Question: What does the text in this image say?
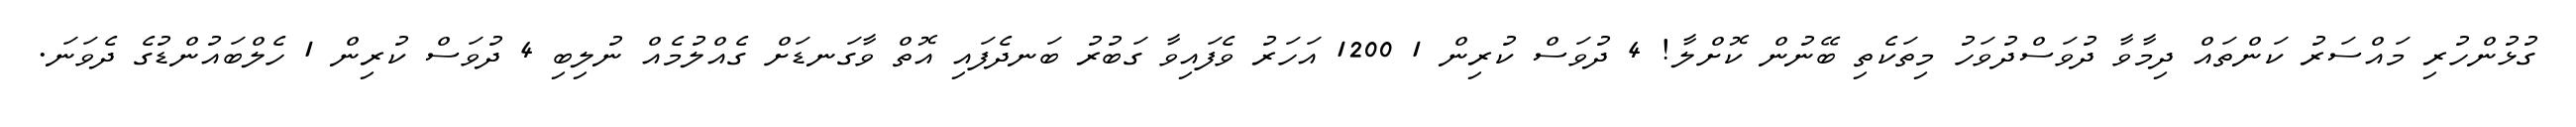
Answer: ގުޅުންހުރި މައްސަރު ކަންތައް ދިމާވާ ދުވަސްދުވަހު މިތަކެތި ބޭނުން ކޮށްލާ! 4 ދުވަސް ކުރިން 1 1200 އަހަރު ވެފައިވާ ގަބުރު ބަނދެފައި އޮތް ވާގަނޑަށް ގެއްލުމެއް ނުލިބި 4 ދުވަސް ކުރިން 1 ހެލްބައުންޑުގެ ދެވަނަ.